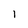
Character: 1